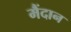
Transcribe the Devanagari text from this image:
मैंदान